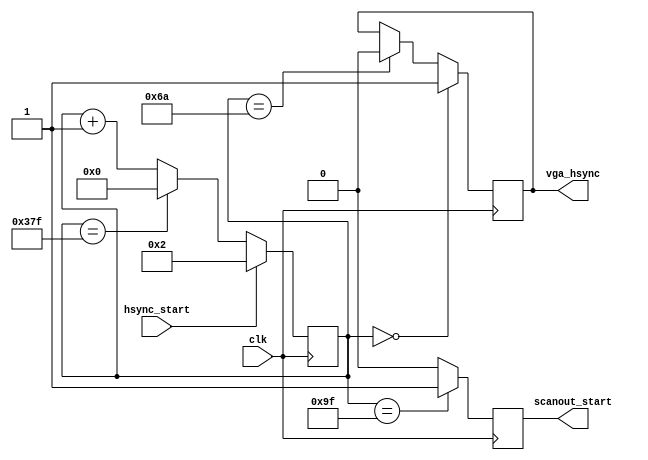
module vga_synch(
	input clk,
	output reg  vga_hsync,
	output reg scanout_start,
	input  wire hsync_start
);
	localparam HSYNC_END	= 10'd106;
	localparam SCANOUT_BEG	= 10'd159;
	localparam HPERIOD = 10'd896;
	reg [9:0] hcount;
	initial
	begin
		hcount = 9'd0;
		vga_hsync = 1'b0;
	end
	always @(posedge clk)
	begin
			if( hsync_start )
				hcount <= 10'd2;
			else if ( hcount==(HPERIOD-9'd1) )
				hcount <= 10'd0;
			else
				hcount <= hcount + 9'd1;
	end
	always @(posedge clk)
	begin
		if( !hcount )
			vga_hsync <= 1'b1;
		else if( hcount==HSYNC_END )
			vga_hsync <= 1'b0;
	end
	always @(posedge clk)
	begin
		if( hcount==SCANOUT_BEG )
			scanout_start <= 1'b1;
		else
			scanout_start <= 1'b0;
	end
endmodule